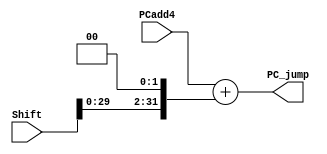
`timescale 1ns / 1ps
//////////////////////////////////////////////////////////////////////////////////
// Company: 
// Engineer: 
// 
// Design Name: 
// Module Name: PC_Adder2
// Project Name: 
// Target Devices: 
// Tool Versions: 
// Description: 
// 
// Dependencies: 
// 
// Revision:
// Revision 0.01 - File Created
// Additional Comments:
// 
//////////////////////////////////////////////////////////////////////////////////

// PC+4+
module PC_Adder2(
    //PC+4
    input [31:0] PCadd4,
    //
    input [31:0] Shift,
    //PC
    output reg [31:0] PC_jump
    );
    //
    reg [31:0] tmp;
    always@(PCadd4 or Shift)begin//
        tmp = Shift<<2;
        PC_jump = PCadd4+tmp;//tmp
     end
endmodule